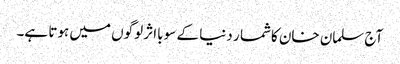
آج سلمان خان کاشما ر دنیا کے سو بااثر لوگوں میں ہوتا ہے۔